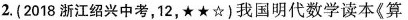
2.(2018浙江绍兴中考，12，★★☆)我国明代数学读本《算